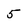
Character: 5